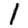
Digit: 1